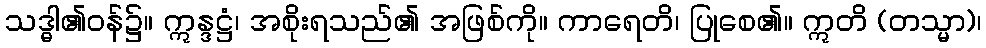
သဒ္ဓါ၏ဝန်၌။ ဣန္ဒဋ္ဌံ၊ အစိုးရသည်၏ အဖြစ်ကို။ ကာရေတိ၊ ပြုစေ၏။ ဣတိ (တသ္မာ)၊